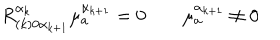
LaTeX: R _ { ( k ) 0 \alpha _ { k + 1 } } ^ { \alpha _ { k } } \mu _ { a } ^ { \alpha _ { k + 1 } } = 0 \qquad \mu _ { a } ^ { \alpha _ { k + 1 } } \neq 0